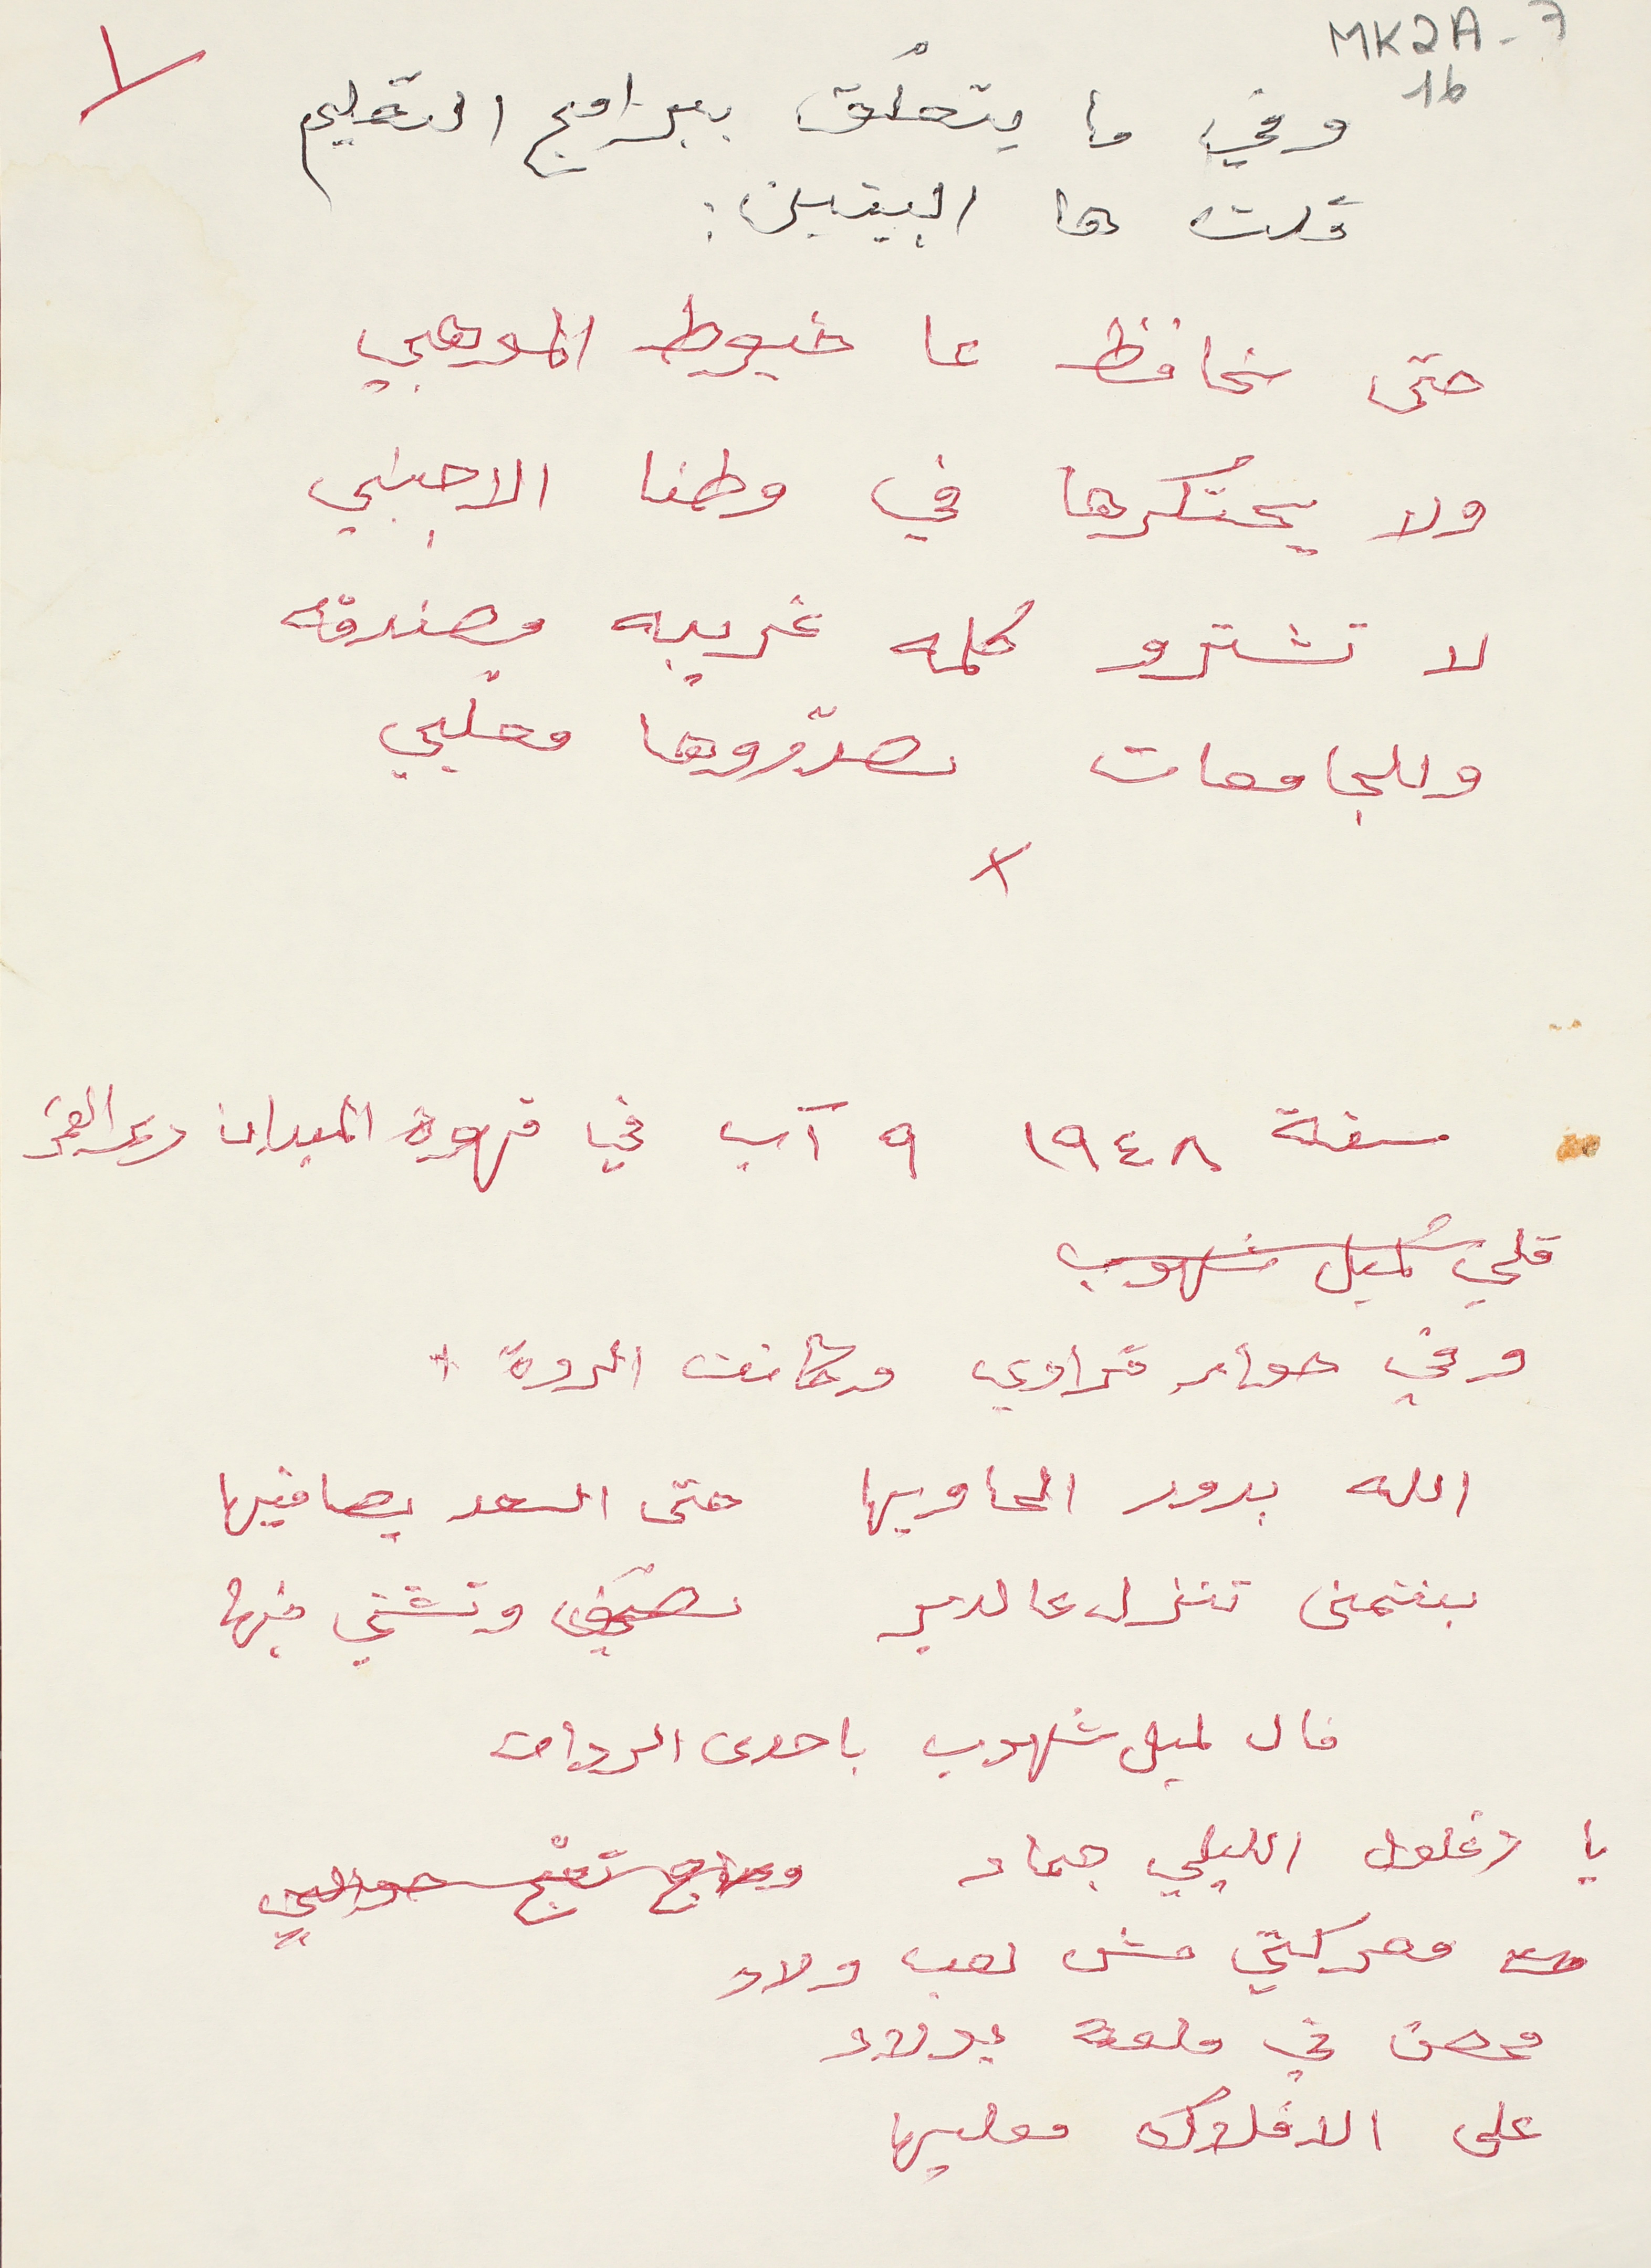
MK2A-7 16
وفي ما يتعلق ببرامج التعليم
قلت ها البيتين:
حتى نحافظ عاخيوط الموهبي
ولا يحتكرها في وطنا الاجنبي
لا تشترو كلمه غريبه مصندقه
وللجامعات تصدّروها معلبي
- سنة ١٩٤٨ ٩ آب في قهوة الميدان دير القمر
قلي كميل شلهوب
وفي حوار قرادي وكانت الردة:
الله بدور الحاويها حتى السعد يصافيها
بتمنى تنزل عالدير تصيف وتشتي فيها
قال لميل شلهوب باحدى الردات
يا زغلول الليلي جماد وحاج تعج حوالي
معركتي مش لعب ولاد
محصن في ملعة بولاد
على الافلاك معليها